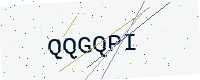
Text: QQGQPI